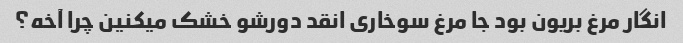
انگار مرغ بریون بود جا مرغ سوخاری انقد دورشو خشک میکنین چرا آخه؟